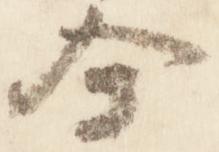
会